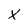
Character: X